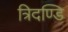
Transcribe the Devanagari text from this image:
त्रिदण्डि